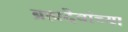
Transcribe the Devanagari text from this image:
ब्रह्मदेवांच्या